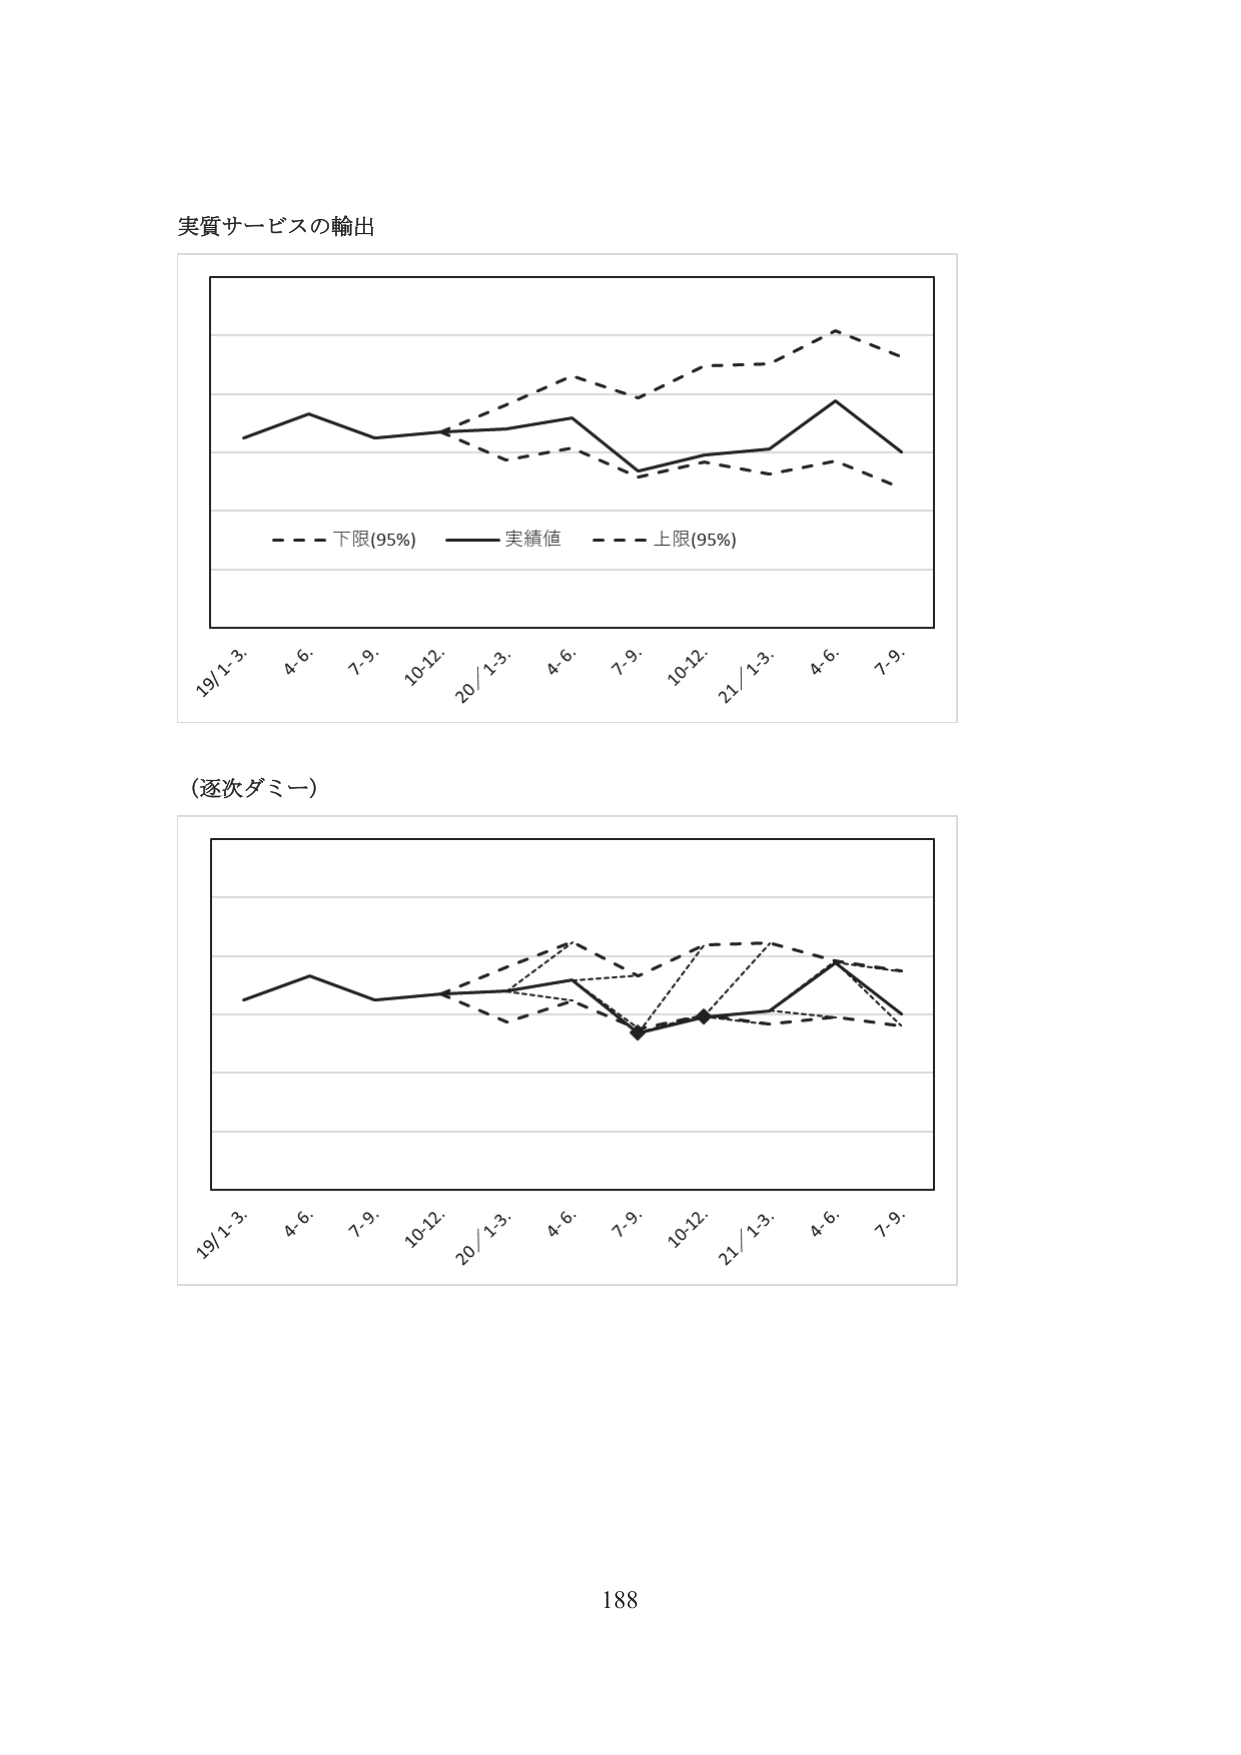
実質サービスの輸出

- - - 下限(95%) —— 実績値 - - - 上限(95%)

19/1-3. 4-6. 7-9. 10-12. 20/1-3. 4-6. 7-9. 10-12. 21/1-3. 4-6. 7-9.

（逐次ダミー）

19/1-3. 4-6. 7-9. 10-12. 20/1-3. 4-6. 7-9. 10-12. 21/1-3. 4-6. 7-9.

188